画像に写った文字を読んでください
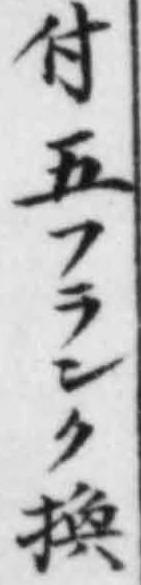
「付五フランク換」と書いてあります